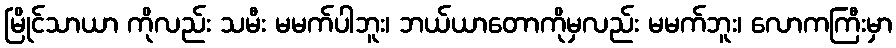
မြိုင်သာယာ ကိုလည်း သမီး မမက်ပါဘူး၊ ဘယ်ယာတောကိုမှလည်း မမက်ဘူး၊ လောကကြီးမှာ